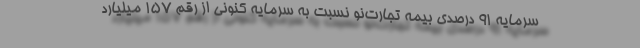
سرمایه ۹۱ درصدی بیمه تجارت‌نو نسبت به سرمایه کنونی از رقم 157 میلیارد